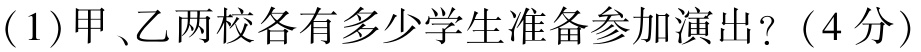
(1)甲、乙两校各有多少学生准备参加演出?（4分）